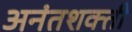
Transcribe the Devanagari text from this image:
अनंतशक्ती